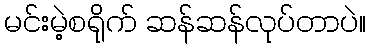
မင်းမဲ့စရိုက် ဆန်ဆန်လုပ်တာပဲ။